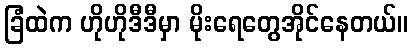
ခြံထဲက ဟိုဟိုဒီဒီမှာ မိုးရေတွေအိုင်နေတယ်။